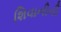
શિવાનીની